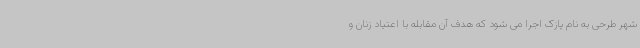
شهر طرحی به نام پازک اجرا می شود که هدف آن مقابله با اعتیاد زنان و